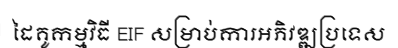
ដៃគូកម្មវិធី EIF សម្រាប់ការអភិវឌ្ឍប្រទេស